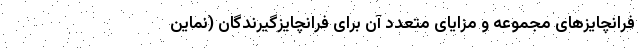
فرانچایزهای مجموعه و مزایای متعدد آن برای فرانچایزگیرندگان (نماین